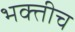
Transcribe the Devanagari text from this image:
भक्तीच